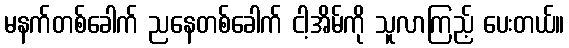
မနက်တစ်ခေါက် ညနေတစ်ခေါက် ငါ့အိမ်ကို သူလာကြည့် ပေးတယ်။